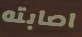
اصابته